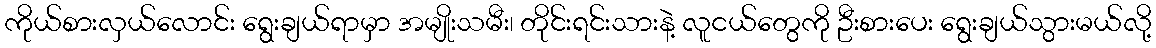
ကိုယ်စားလှယ်လောင်း ရွေးချယ်ရာမှာ အမျိုးသမီး၊ တိုင်းရင်းသားနဲ့ လူငယ်တွေကို ဦးစားပေး ရွေးချယ်သွားမယ်လို့